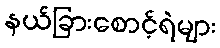
နယ်ခြားစောင့်ရဲများ